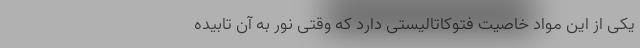
یکی از این مواد خاصیت فتوکاتالیستی دارد که وقتی نور به آن تابیده